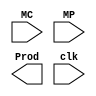
module Booth(MC,MP,Prod,clk);
    input [15:0]MC,MP;
    input clk;
    output reg [31:0]Prod;

    integer count;
    reg [15:0]pp[15:0];
    reg [15:0]a,mp;
    reg T;
    wire [15:0]out;

    always @(MC or MP)
    begin
        pp[0]<=0; // 0
        pp[1]<=MC; // MC
        pp[2]<=MC; // MC
        pp[3]<=MC<<1; // 2MC
        pp[4]<=MC<<1; // 2MC
        pp[5]<=(MC<<1)+MC; // 3MC
        pp[6]<=(MC<<1)+MC; // 3MC
        pp[7]<=(MC<<2); // 4MC
        pp[8]<=((~MC+1)<<2); // -4MC
        pp[9]<=(((~MC+1)<<1)+MC); // -3MC
        pp[10]<=(((~MC+1)<<1)+MC); // -3MC
        pp[11]<=(~MC+1)<<1; // -2MC
        pp[12]<=(~MC+1)<<1; // -2MC
        pp[13]<=(~MC+1); // -MC
        pp[14]<=(~MC+1); // -MC
        pp[15]<=0; // 0
        mp<=MP;
        a<=0;
        T<=0;
        Prod<=32'bx;
        count=1;
    end

    Adder A1(out,a,pp[{mp[2:0],T}]);

    always @(posedge clk)
    begin
        if(count<=4)
        begin
            {a,mp,T}={{3{out[15]}},out,mp,T}>>3;
            count=count+1;
        end
        else
            Prod<={a,mp}>>4;
end

endmodule

module Adder(out,a,b);
    input [15:0]a,b;
    output [15:0]out;

    assign out=a+b;

endmodule